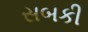
સબકી